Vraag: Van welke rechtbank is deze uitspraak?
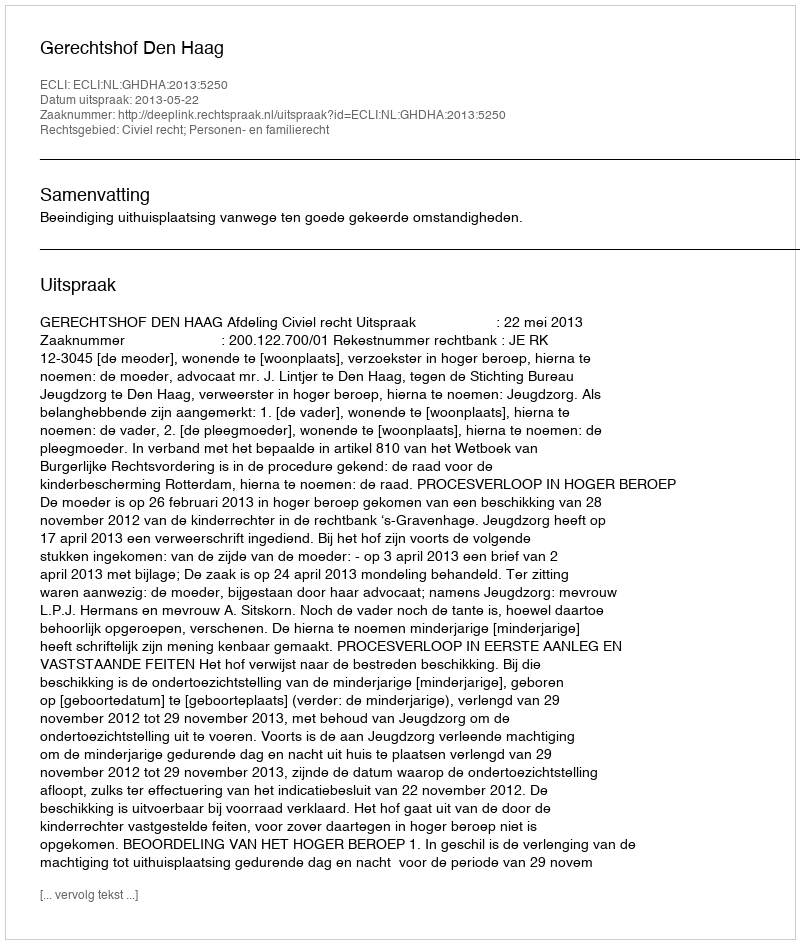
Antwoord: Gerechtshof Den Haag